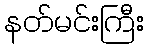
နတ်မင်းကြီး